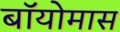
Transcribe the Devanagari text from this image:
बॉयोमास